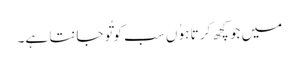
میں جو کچھ کر تا ہوُ ں سب کو تُو جانتا ہے۔